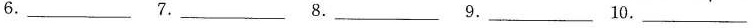
6.___7.___8.___9.___10.___